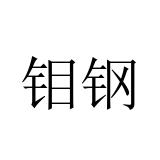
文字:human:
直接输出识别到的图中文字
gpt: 钼钢